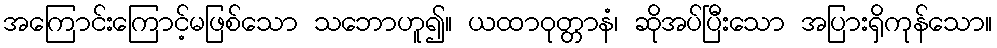
အကြောင်းကြောင့်မဖြစ်သော သဘောဟူ၍။ ယထာဝုတ္တာနံ၊ ဆိုအပ်ပြီးသော အပြားရှိကုန်သော။